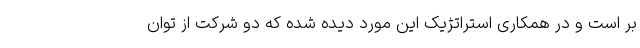
بر است و در همکاری استراتژیک این مورد دیده شده که دو شرکت از توان